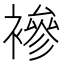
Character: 襂